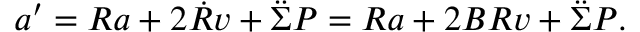
a ^ { \prime } = R a + 2 \Dot { R } v + \Ddot { \Sigma } P = R a + 2 B R v + \Ddot { \Sigma } P .